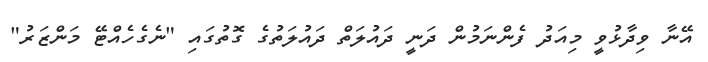
އޭނާ ވިދާޅުވީ މިއަދު ފެންނަމުން ދަނީ ދައުލަތް ދައުލަތުގެ ގޮތުގައި "ނެގެހެއްޓޭ މަންޒަރު"